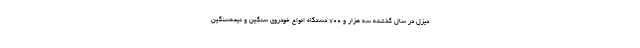
دیزل در سال گذشته سه هزار و ۷۰۰ دستگاه انواع خودروی سنگین و نیمه‌سنگین